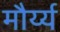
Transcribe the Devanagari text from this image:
मौर्य्य